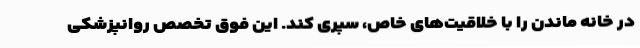
در خانه ماندن را با خلاقیت‌های خاص، سپری کند. این فوق تخصص روانپزشکی